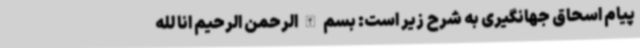
پیام اسحاق جهانگیری به شرح زیر است: بسم الله الرحمن الرحیم انا لله